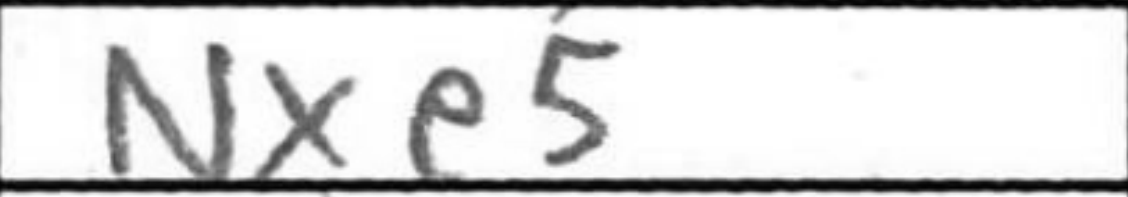
Transcription: Nxe5